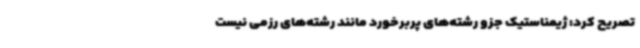
تصریح کرد: ژیمناستیک جزو رشته‌های پربرخورد مانند رشته‌های رزمی نیست